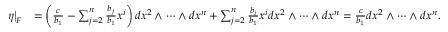
\begin{array} { r l } { \left. \eta \right| _ { F } } & { = \left( \frac { c } { b _ { 1 } } - \sum _ { j = 2 } ^ { n } \frac { b _ { j } } { b _ { 1 } } x ^ { i } \right) d x ^ { 2 } \wedge \dots \wedge d x ^ { n } + \sum _ { j = 2 } ^ { n } \frac { b _ { i } } { b _ { 1 } } x ^ { i } d x ^ { 2 } \wedge \dots \wedge d x ^ { n } = \frac { c } { b _ { 1 } } d x ^ { 2 } \wedge \dots \wedge d x ^ { n } . } \end{array}